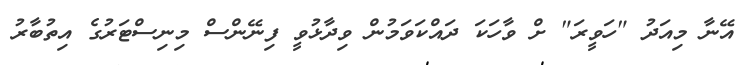
އޭނާ މިއަދު "ހަވީރަ" ށް ވާހަކަ ދައްކަވަމުން ވިދާޅުވީ ފިނޭންސް މިނިސްޓަރުގެ އިތުބާރު